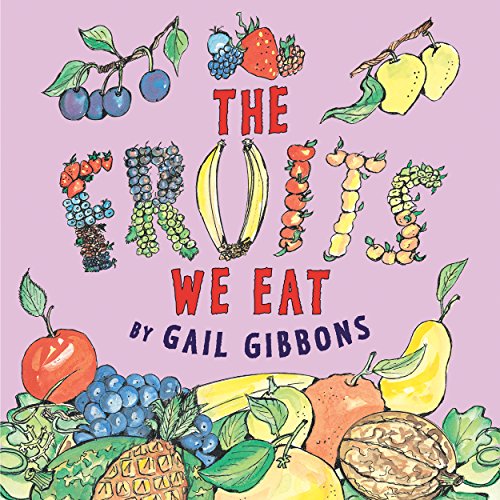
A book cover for The Fruits We Eat; Gail Gibbons; Children's Books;